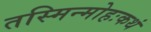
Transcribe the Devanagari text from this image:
तस्मिन्मोहःकथं